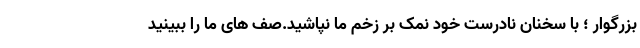
بزرگوار ؛ با سخنان نادرست خود نمک بر زخم ما نپاشید.صف های ما را ببینید